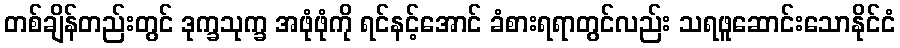
တစ်ချိန်တည်းတွင် ဒုက္ခသုက္ခ အဖုံဖုံကို ရင်နင့်အောင် ခံစားရရာတွင်လည်း သရဖူဆောင်းသောနိုင်ငံ